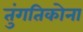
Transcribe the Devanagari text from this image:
तुंगतिकोना